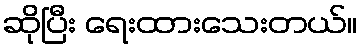
ဆိုပြီး ရေးထားသေးတယ်။